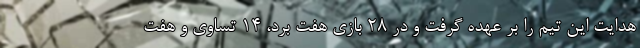
هدایت این تیم را بر عهده گرفت و در 28 بازی هفت برد، 14 تساوی و هفت